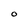
Character: O